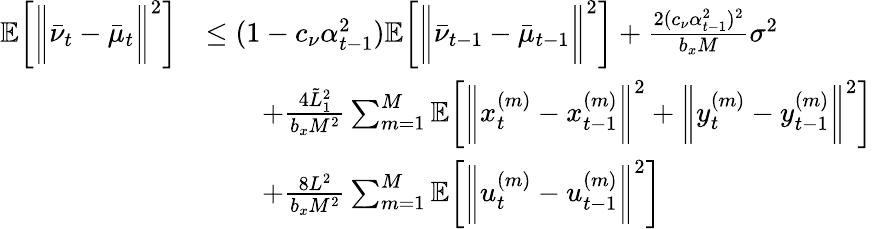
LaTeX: \begin{array}{rl}{\mathbb{E}\bigg[\bigg\| \bar{\nu}_{t}-\bar{\mu}_{t}\bigg\| ^{2}\bigg]}&{\leq(1-c_{\nu}\alpha_{t-1}^{2})\mathbb{E}\bigg[\bigg\| \bar{\nu}_{t-1}-\bar{\mu}_{t-1}\bigg\| ^{2}\bigg]+\frac{2(c_{\nu}\alpha_{t-1}^{2})^{2}}{b_{x}M}\sigma^{2}}\\ &{\qquad+\frac{4\tilde{L}_{1}^{2}}{b_{x}M^{2}}\sum_{m=1}^{M}\mathbb{E}\bigg[\bigg\| x_{t}^{(m)}-x_{t-1}^{(m)}\bigg\| ^{2}+\bigg\| y_{t}^{(m)}-y_{t-1}^{(m)}\bigg\| ^{2}\bigg]}\\ &{\qquad+\frac{8L^{2}}{b_{x}M^{2}}\sum_{m=1}^{M}\mathbb{E}\bigg[\bigg\| u_{t}^{(m)}-u_{t-1}^{(m)}\bigg\| ^{2}\bigg]}\end{array}